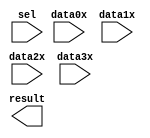
// megafunction wizard: %LPM_MUX%VBB%
// GENERATION: STANDARD
// VERSION: WM1.0
// MODULE: LPM_MUX 

// ============================================================
// Megafunction Name(s):
// 			LPM_MUX
//
// Simulation Library Files(s):
// 			lpm
// ============================================================
// ************************************************************
// THIS IS A WIZARD-GENERATED FILE. DO NOT EDIT THIS FILE!
//
// 21.1.0 Build 842 10/21/2021 SJ Lite Edition
// ************************************************************

//Copyright (C) 2021  Intel Corporation. All rights reserved.
//Your use of Intel Corporation's design tools, logic functions 
//and other software and tools, and any partner logic 
//functions, and any output files from any of the foregoing 
//(including device programming or simulation files), and any 
//associated documentation or information are expressly subject 
//to the terms and conditions of the Intel Program License 
//Subscription Agreement, the Intel Quartus Prime License Agreement,
//the Intel FPGA IP License Agreement, or other applicable license
//agreement, including, without limitation, that your use is for
//the sole purpose of programming logic devices manufactured by
//Intel and sold by Intel or its authorized distributors.  Please
//refer to the applicable agreement for further details, at
//https://fpgasoftware.intel.com/eula.

module multu (
	data0x,
	data1x,
	data2x,
	data3x,
	sel,
	result);

	input	[3:0]  data0x;
	input	[3:0]  data1x;
	input	[3:0]  data2x;
	input	[3:0]  data3x;
	input	[1:0]  sel;
	output	[3:0]  result;

endmodule

// ============================================================
// CNX file retrieval info
// ============================================================
// Retrieval info: PRIVATE: INTENDED_DEVICE_FAMILY STRING "Cyclone V"
// Retrieval info: PRIVATE: SYNTH_WRAPPER_GEN_POSTFIX STRING "0"
// Retrieval info: PRIVATE: new_diagram STRING "1"
// Retrieval info: LIBRARY: lpm lpm.lpm_components.all
// Retrieval info: CONSTANT: LPM_SIZE NUMERIC "4"
// Retrieval info: CONSTANT: LPM_TYPE STRING "LPM_MUX"
// Retrieval info: CONSTANT: LPM_WIDTH NUMERIC "4"
// Retrieval info: CONSTANT: LPM_WIDTHS NUMERIC "2"
// Retrieval info: USED_PORT: data0x 0 0 4 0 INPUT NODEFVAL "data0x[3..0]"
// Retrieval info: USED_PORT: data1x 0 0 4 0 INPUT NODEFVAL "data1x[3..0]"
// Retrieval info: USED_PORT: data2x 0 0 4 0 INPUT NODEFVAL "data2x[3..0]"
// Retrieval info: USED_PORT: data3x 0 0 4 0 INPUT NODEFVAL "data3x[3..0]"
// Retrieval info: USED_PORT: result 0 0 4 0 OUTPUT NODEFVAL "result[3..0]"
// Retrieval info: USED_PORT: sel 0 0 2 0 INPUT NODEFVAL "sel[1..0]"
// Retrieval info: CONNECT: @data 0 0 4 0 data0x 0 0 4 0
// Retrieval info: CONNECT: @data 0 0 4 4 data1x 0 0 4 0
// Retrieval info: CONNECT: @data 0 0 4 8 data2x 0 0 4 0
// Retrieval info: CONNECT: @data 0 0 4 12 data3x 0 0 4 0
// Retrieval info: CONNECT: @sel 0 0 2 0 sel 0 0 2 0
// Retrieval info: CONNECT: result 0 0 4 0 @result 0 0 4 0
// Retrieval info: GEN_FILE: TYPE_NORMAL multu.v TRUE
// Retrieval info: GEN_FILE: TYPE_NORMAL multu.inc FALSE
// Retrieval info: GEN_FILE: TYPE_NORMAL multu.cmp FALSE
// Retrieval info: GEN_FILE: TYPE_NORMAL multu.bsf TRUE
// Retrieval info: GEN_FILE: TYPE_NORMAL multu_inst.v FALSE
// Retrieval info: GEN_FILE: TYPE_NORMAL multu_bb.v TRUE
// Retrieval info: LIB_FILE: lpm